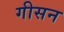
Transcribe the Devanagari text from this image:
गीसन